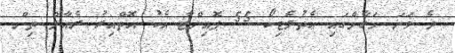
ދެ ވަނަ މަގާމްގައި އެތުލެޓިކޯ 55 ޕޮއިންޓާ އެކު އޮތްއިރު ރެއާލް ތިން